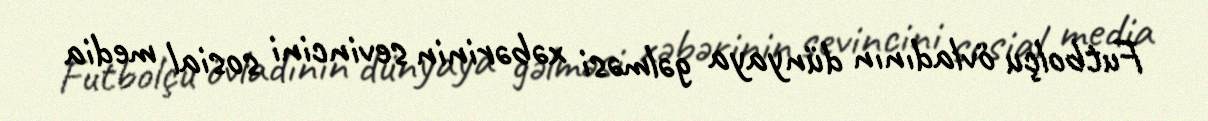
Futbolçu övladının dünyaya gəlməsi xəbərinin sevincini sosial media